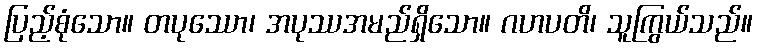
ပြည့်စုံသော။ တပုဿော၊ အပုဿအမည်ရှိသော။ ဂဟပတိ၊ သူကြွယ်သည်။